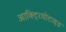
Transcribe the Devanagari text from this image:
आक्ट्रियोटाइड